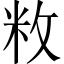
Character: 敉